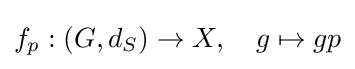
f_{p}:(G,d_{S})\to X,\quad g\mapsto gp